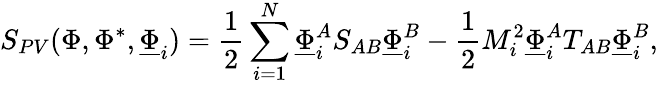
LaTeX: S_{PV}(\Phi,\Phi^{*},\underline{{\Phi}}_{i})=\frac{1}{2}\sum_{i=1}^{N}{\underline{{\Phi}}}_{i}^{A}S_{AB}{\underline{{\Phi}}}_{i}^{B}-\frac{1}{2}M_{i}^{2}{\underline{{\Phi}}}_{i}^{A}T_{AB}{\underline{{\Phi}}}_{i}^{B},